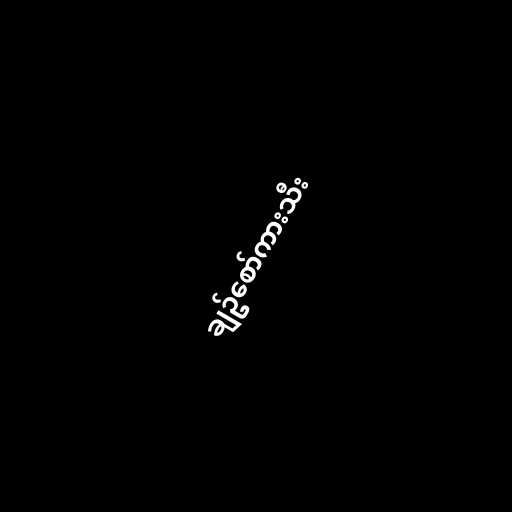
ချဥ်စော်ကားသီး